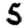
Digit: 5